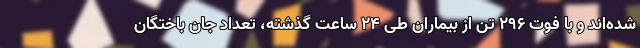
شده‌اند و با فوت ۲۹۶ تن از بیماران طی ۲۴ ساعت گذشته، تعداد جان باختگان